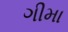
ગીમા